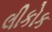
લીકોક